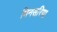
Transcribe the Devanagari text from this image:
भिनसरिया